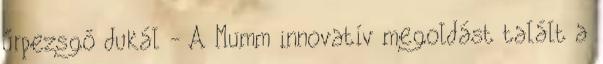
űrpezsgő dukál - A Mumm innovatív megoldást talált a